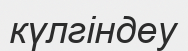
күлгіндеу